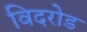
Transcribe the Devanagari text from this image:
विदरोड